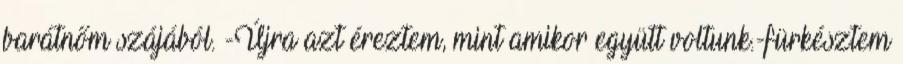
barátnőm szájából. -Újra azt éreztem, mint amikor együtt voltunk.-fürkésztem